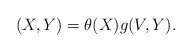
\begin{align*}(X,Y) = \theta(X) g(V,Y). \end{align*}